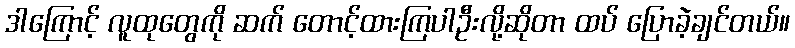
ဒါကြောင့် လူထုတွေကို ဆက် တောင့်ထားကြပါဦးလို့ဆိုတာ ထပ် ပြောခဲ့ချင်တယ်။